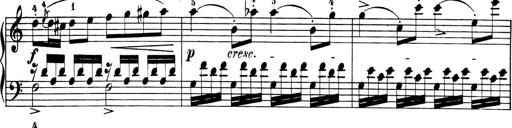
Title: 6 Piano Sonatinas
Composer: Cornelius Gurlitt